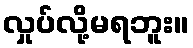
လှုပ်လို့မရဘူး။